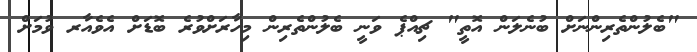
"ބެލުންތެރިންނަށް ބުނެލަން އޮތީ" ޗިއްޕެ ވަނީ ބެލުންތެރިން މިހާރަށްވުރެ ބޮޑަށް އެވެއާރ ވުމަށް